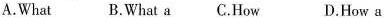
A.What B.What a C.How D.How a